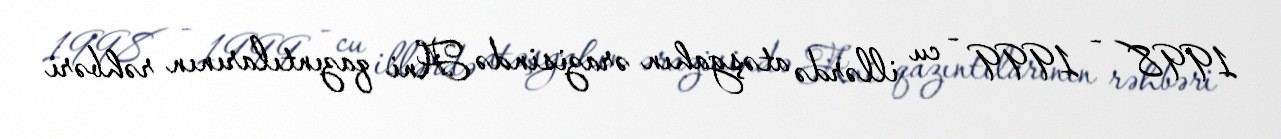
1998 - 1999 - cu illərdə atəşgahın ərazisində Ani qazıntılarının rəhbəri